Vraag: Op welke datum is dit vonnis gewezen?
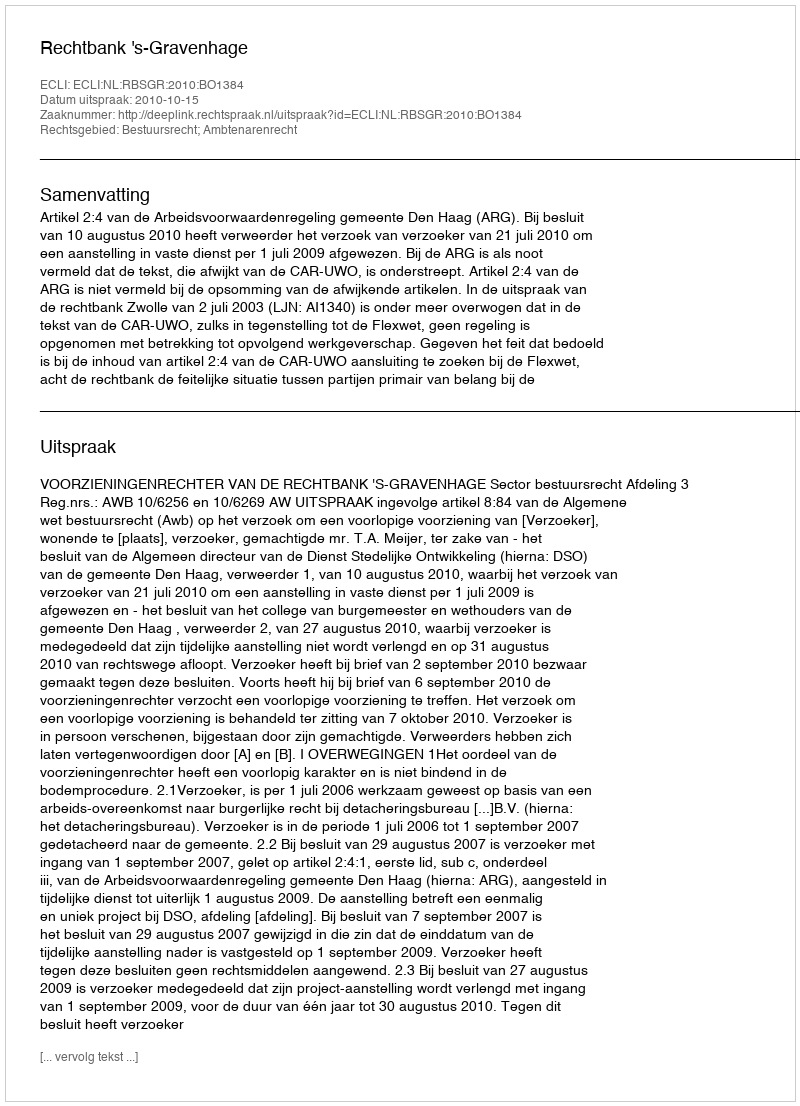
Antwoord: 2010-10-15